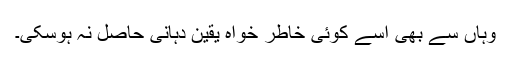
وہاں سے بھی اُسے کوئی خاطر خواہ یقین دہانی حاصل نہ ہوسکی۔